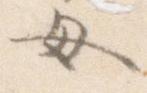
母